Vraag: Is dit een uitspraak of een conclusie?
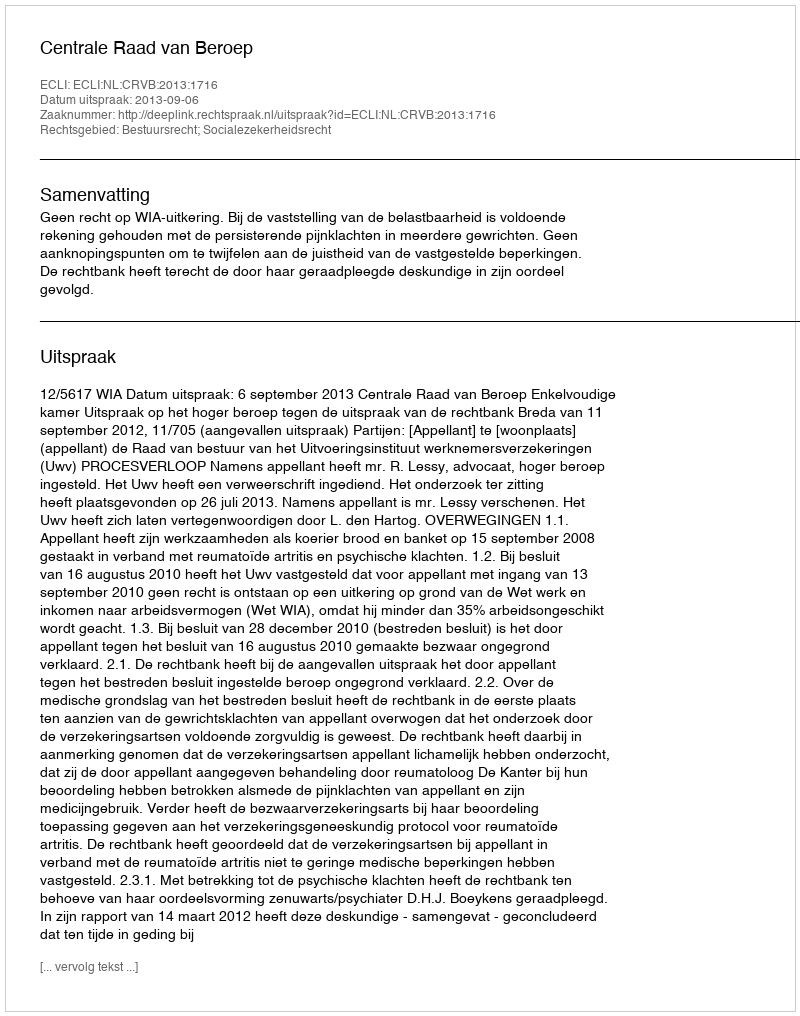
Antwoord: Uitspraak